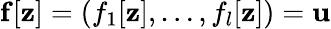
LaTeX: \mathbf{f}[\mathbf{z}]=(f_{1}[\mathbf{z}],\dots,f_{l}[\mathbf{z}])=\mathbf{u}